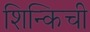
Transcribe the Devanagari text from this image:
शिन्किची